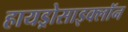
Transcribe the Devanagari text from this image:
हायड्रोसाइक्लॉन